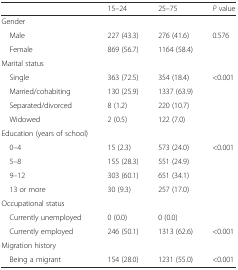
|  | 15–24 | 25–75 | P value |
 | --- | --- | --- | --- |
 | Gender |  |  |  |
 | Male | 227 (43.3) | 276 (41.6) | 0.576 |
 | Female | 869 (56.7) | 1164 (58.4) |  |
 | Marital status |  |  |  |
 | Single | 363 (72.5) | 354 (18.4) | <0.001 |
 | Married/cohabiting | 130 (25.9) | 1337 (63.9) |  |
 | Separated/divorced | 8 (1.2) | 220 (10.7) |  |
 | Widowed | 2 (0.5) | 122 (7.0) |  |
 | Education (years of school) |  |  |  |
 | 0–4 | 15 (2.3) | 573 (24.0) | <0.001 |
 | 5–8 | 155 (28.3) | 551 (24.9) |  |
 | 9–12 | 303 (60.1) | 651 (34.1) |  |
 | 13 or more | 30 (9.3) | 257 (17.0) |  |
 | Occupational status |  |  |  |
 | Currently unemployed | 0 (0.0) | 0 (0.0) |  |
 | Currently employed | 246 (50.1) | 1313 (62.6) | <0.001 |
 | Migration history |  |  |  |
 | Being a migrant | 154 (28.0) | 1231 (55.0) | <0.001 |